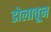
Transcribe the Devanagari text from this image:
डोलावून